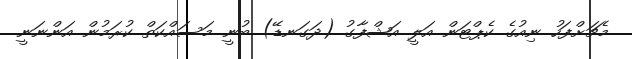
މެޗަށްފަހު ނިއުގެ ކެޕްޓަން އަލީ އަޝްފާގު (ދަގަނޑޭ) ބުނީ މަސައްކަތް ކުރަމުން އަންނަނީ